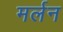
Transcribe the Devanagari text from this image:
मर्लन